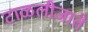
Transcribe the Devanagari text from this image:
टाळलीजाते